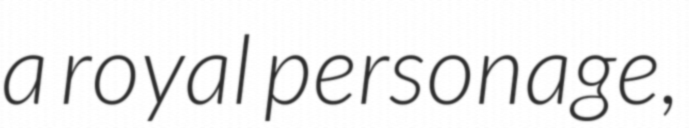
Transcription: a royal personage,